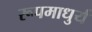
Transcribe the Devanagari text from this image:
रूपमाधुर्य